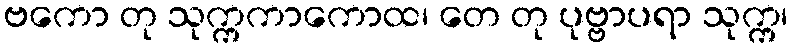
ဗကော တု သုက္ကကာကောထ၊ တေ တု ပုဗ္ဗာပရာ သုက္က၊